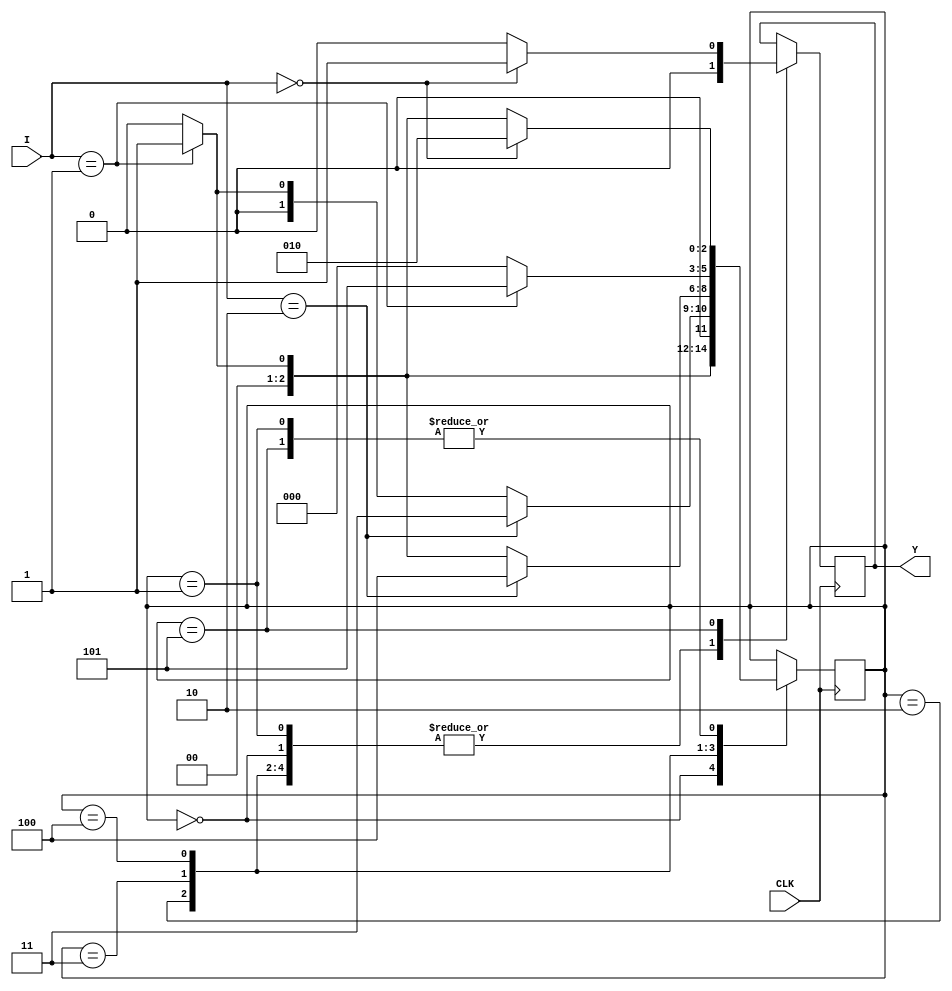
// SB : Task 1 B : Finite State Machine
/*
Instructions
-------------------
Students are not allowed to make any changes in the Module declaration.
This file is used to design a Finite State Machine.

Recommended Quartus Version : 19.1
The submitted project file must be 19.1 compatible as the evaluation will be done on Quartus Prime Lite 19.1.

Warning: The error due to compatibility will not be entertained.
			Do not make any changes to Test_Bench_Vector.txt file. Violating will result into Disqualification.
-------------------
*/

//Finite State Machine design
//Inputs  : I (4 bit) and CLK (clock)
//Output  : Y (Y = 1 when 102210 sequence(decimal number sequence) is detected)

//////////////////DO NOT MAKE ANY CHANGES IN MODULE//////////////////
module fsm(
	input CLK,			  //Clock
	input [3:0]I,       //INPUT I
	output	  Y		  //OUTPUT Y
);

reg Y1 = 0;
assign Y = Y1;



////////////////////////WRITE YOUR CODE FROM HERE//////////////////// 
	
parameter 
S0 = 3'b000,
S1 = 3'b001, 
S2 = 3'b010,
S3 = 3'b011,
S4 = 3'b100, 
S5 = 3'b101;

reg [2:0] state = 0;

always @(posedge CLK) begin

	case (state) 
	
		S0 : begin
		
			if(I == 1) state = S1;
			else		  state = S0;
				
			Y1 = 0;
		
		end
		
		S1 : begin
		
			if(I == 0) 		 state = S2;
			else if(I == 1) state = S1;
			else				 state = S0;
				
			Y1 = 0;
		
		end
		
		S2 : begin
		
			if(I == 2) 		 state = S3;
			else if(I == 1) state = S1;
			else				 state = S0;
				
			Y1 = 0;
		
		end
		
		S3 : begin
		
			if(I == 2) 		 state = S4;
			else if(I == 1) state = S1;
			else				 state = S0;
				
			Y1 = 0;
		
		end
		
		S4 : begin
		
			if(I == 1) state = S5;
			else		  state = S0;
				
			Y1 = 0;
		
		end
		
		S5 : begin
		
			if(I == 0) begin
				state = S2;
				Y1 = 1;
			end else begin
				if(I == 1) 	state = S1;
				else			state = S0;
				Y1 = 0;
			end
		end
	
	endcase

end
// Tip : Write your code such that Quartus Generates a State Machine 
//			(Tools > Netlist Viewers > State Machine Viewer).
// 		For doing so, you will have to properly declare State Variables of the
//       State Machine and also perform State Assignments correctly.
//			Use Verilog case statement to design.
	
	

////////////////////////YOUR CODE ENDS HERE//////////////////////////
endmodule
///////////////////////////////MODULE ENDS///////////////////////////